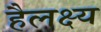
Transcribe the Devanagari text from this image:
हैलक्ष्य